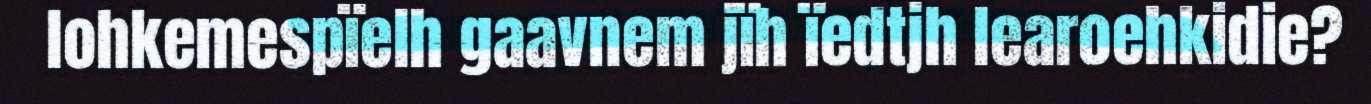
lohkemespïelh gaavnem jïh ïedtjh learoehkidie?